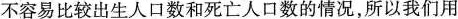
不容易比较出生人口数和死亡人口数的情况，所以我们用